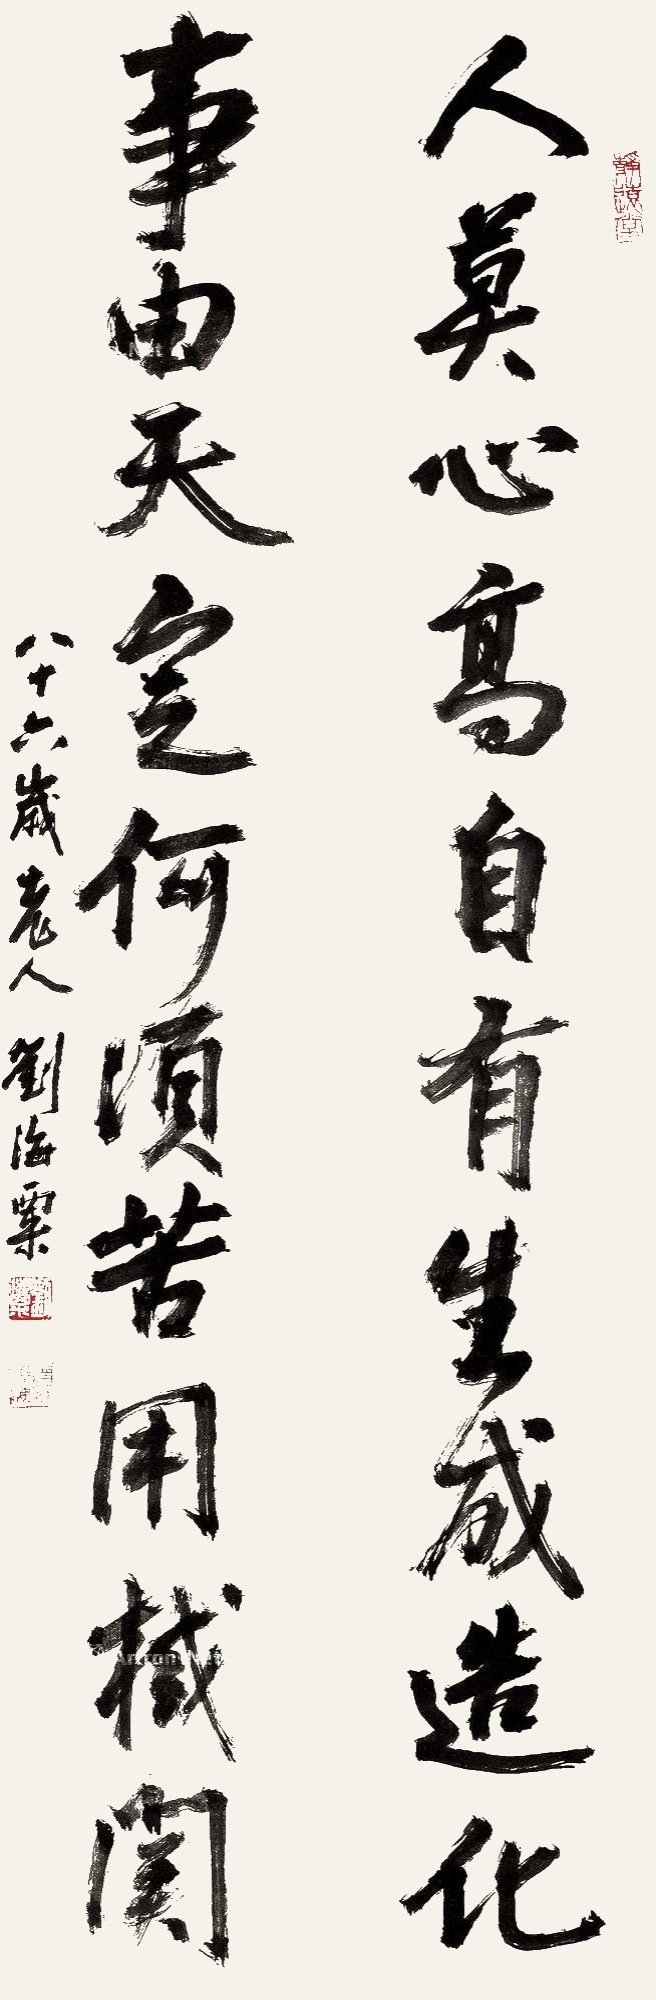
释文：人莫心高自有生成造化，事由天定何须苦用机关。八十六岁老人刘海粟。